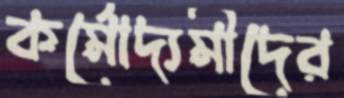
কর্মোদ্যমীদের